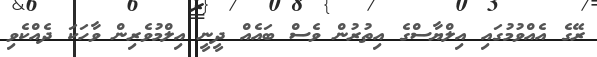
ރޭގެ އެއްވުމުގައި އިލްޔާސްގެ އިތުރުން ވެސް ބައެއް ދީނީ އިލްމުވެރިން ވާހަކަ ދެއްކެވި